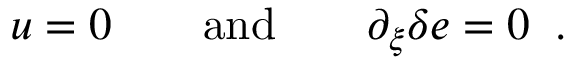
u = 0 \qquad \mathrm { a n d } \qquad \partial _ { \xi } \delta e = 0 \; \; .